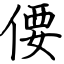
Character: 偠